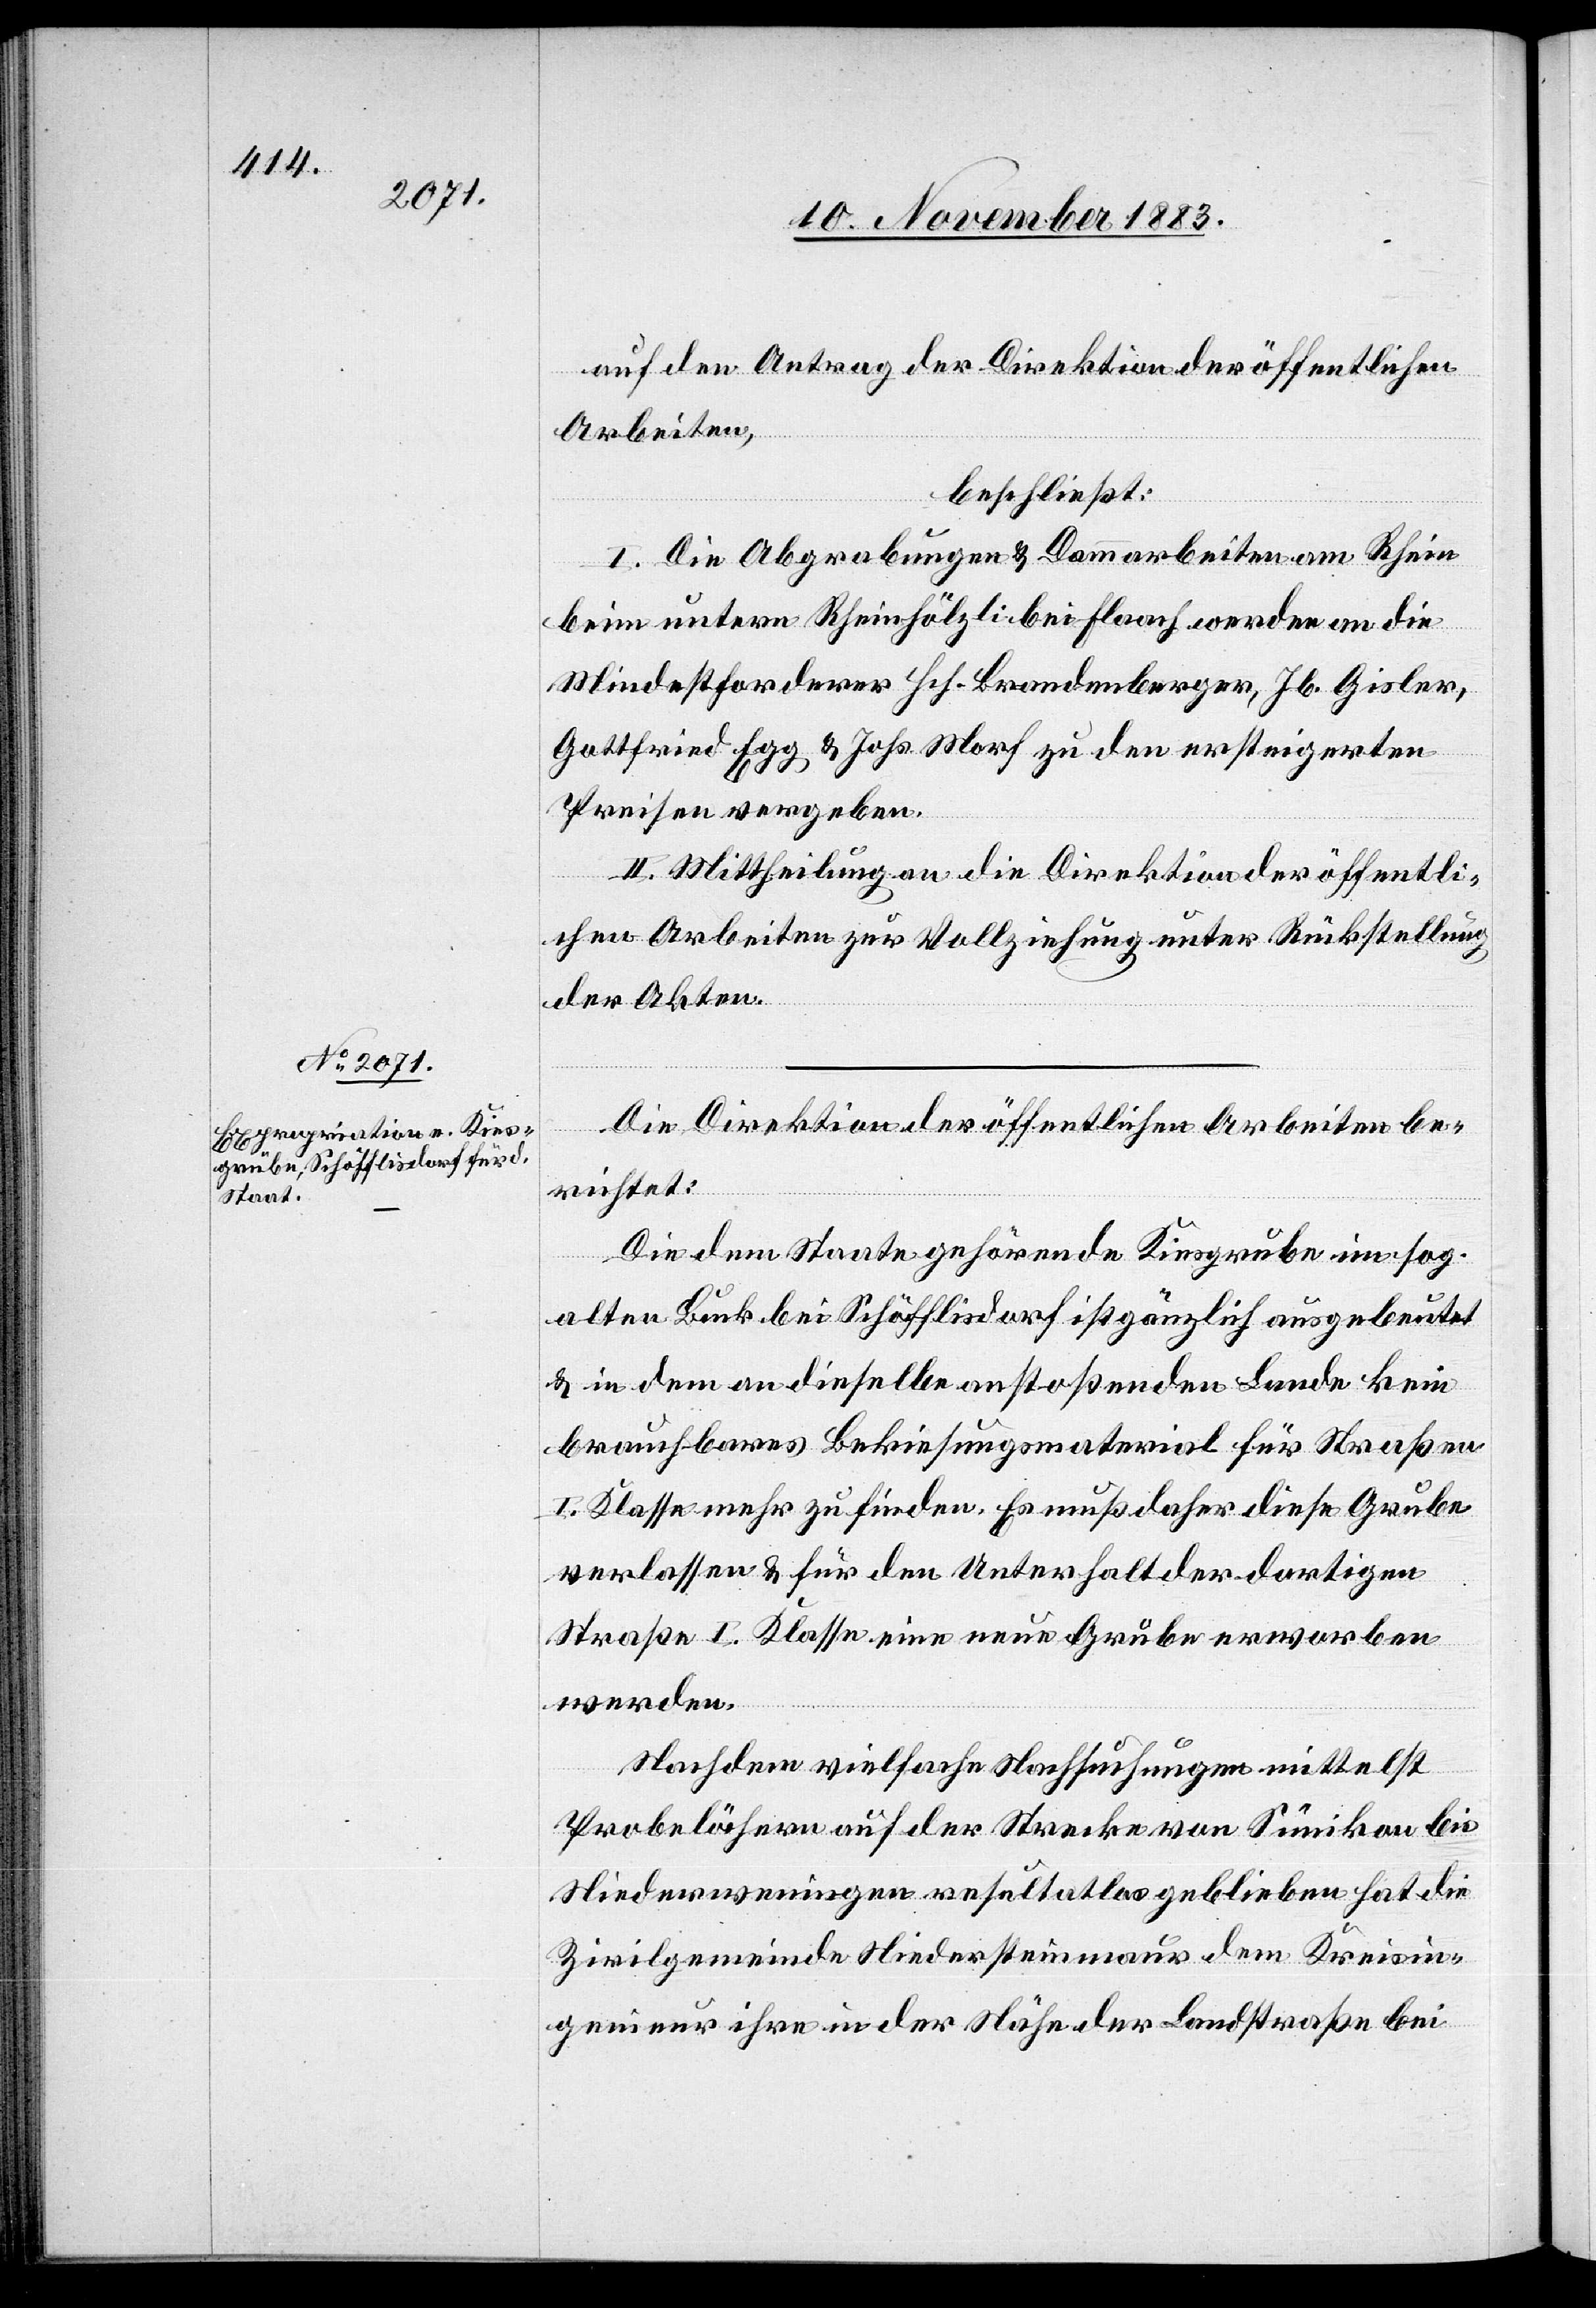
auf den Antrag der Direktion der öffentlichen
Arbeiten,
beschließt:
I. Die Abgrabungen & Dammarbeiten am Rhein
beim untern Rheinhölzli bei Flaach werden an die
Mindestforderer Hch. Brandenberger, Jb. Gisler,
Gottfried Egg & Johs. Morf zu den ersteigerten
Preisen vergeben.
II. Mittheilung an die Direktion der öffentli¬
chen Arbeiten zur Vollziehung unter Rückstellung
der Akten.
Die Direktion der öffentlichen Arbeiten be¬
richtet:
Die dem Staate gehörende Kiesgrube im sog.
alten Buck bei Schöfflisdorf ist gänzlich ausgebeutet
& in dem an dieselbe anstoßenden Lande kein
brauchbares Bekiesungsmaterial für Straßen
I. Klasse mehr zu finden. Es muß daher diese Grube
verlassen und für den Unterhalt der dortigen
Straße I. Klasse eine neue Grube erworben
werden.
Nachdem vielfache Nachsuchungen mittelst
Probelöchern auf der Strecke von Sünikon bis
Niederweningen resultatlos geblieben hat die
Zivilgemeinde Niedersteinmaur dem Kreisin¬
genieur ihre in der Nähe der Landstraße bei